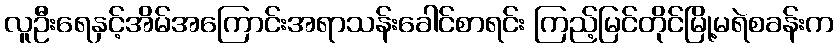
လူဦးရေနှင့်အိမ်အကြောင်းအရာသန်းခေါင်စာရင်း ကြည့်မြင်တိုင်မြို့မရဲစခန်းက